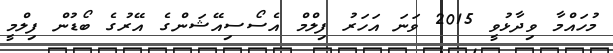
މުހައްމާ ވިދާޅުވީ 2015 ވަނަ އަހަރު ފިލްމް އެސޯސިއޭޝަންގެ އޭރުގެ ބޯޑުން ފިލްމީ